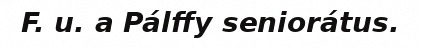
F. u. a Pálffy seniorátus.